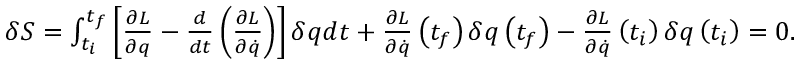
\begin{array} { r } { \delta S = \int _ { t _ { i } } ^ { t _ { f } } \left[ \frac { \partial L } { \partial q } - \frac { d } { d t } \left( \frac { \partial L } { \partial \dot { q } } \right) \right] \delta q d t + \frac { \partial L } { \partial \dot { q } } \left( t _ { f } \right) \delta q \left( t _ { f } \right) - \frac { \partial L } { \partial \dot { q } } \left( t _ { i } \right) \delta q \left( t _ { i } \right) = 0 . } \end{array}